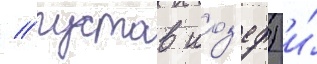
/ густав иоз'еф) и́